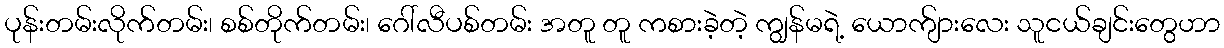
ပုန်းတမ်းလိုက်တမ်း၊ စစ်တိုက်တမ်း၊ ဂေါ်လီပစ်တမ်း အတူ တူ ကစားခဲ့တဲ့ ကျွန်မရဲ့ ယောက်ျားလေး သူငယ်ချင်းတွေဟာ